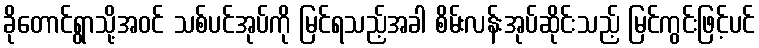
ခိုတောင်ရွာသို့အဝင် သစ်ပင်အုပ်ကို မြင်ရသည့်အခါ စိမ်းလန်းအုပ်ဆိုင်းသည့် မြင်ကွင်းဖြင့်ပင်